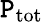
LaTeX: \mathtt{P}_{\mathrm{{{tot}}}}